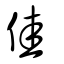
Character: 佳